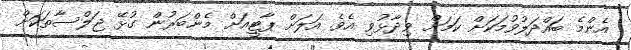
އެންމެ ބައްދަލުވުމަކަށް ކަމަށް ވިދާޅުވި އެވެ. އަލަށް ޕާޓީއަށް މެންބަރުން ގުޅޭ ޖަލްސާތަކަށް